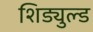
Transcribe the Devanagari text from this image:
शिड्युल्ड